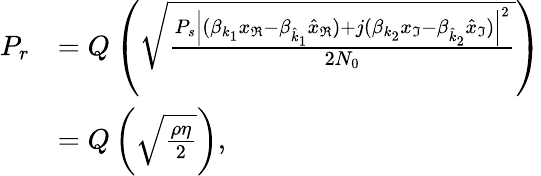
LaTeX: \begin{array}{rl}{P_{r}}&{=Q\left(\sqrt{\frac{{P_{s}}\left|(\beta_{k_{1}}x_{\Re}-\beta_{\hat{k}_{1}}\hat{x}_{\Re})+j(\beta_{{k}_{2}}{x}_{\Im}-\beta_{\hat{k}_{2}}\hat{x}_{\Im})\right|^{2}}{2N_{0}}}\right)}\\ &{=Q\left(\sqrt{\frac{{\rho}\eta}{2}}\right),}\end{array}